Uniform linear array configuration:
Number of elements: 16
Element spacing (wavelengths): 0.5
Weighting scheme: hann
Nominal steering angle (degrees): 60
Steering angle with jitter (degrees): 58.425
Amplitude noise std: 0.05
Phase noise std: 0.05

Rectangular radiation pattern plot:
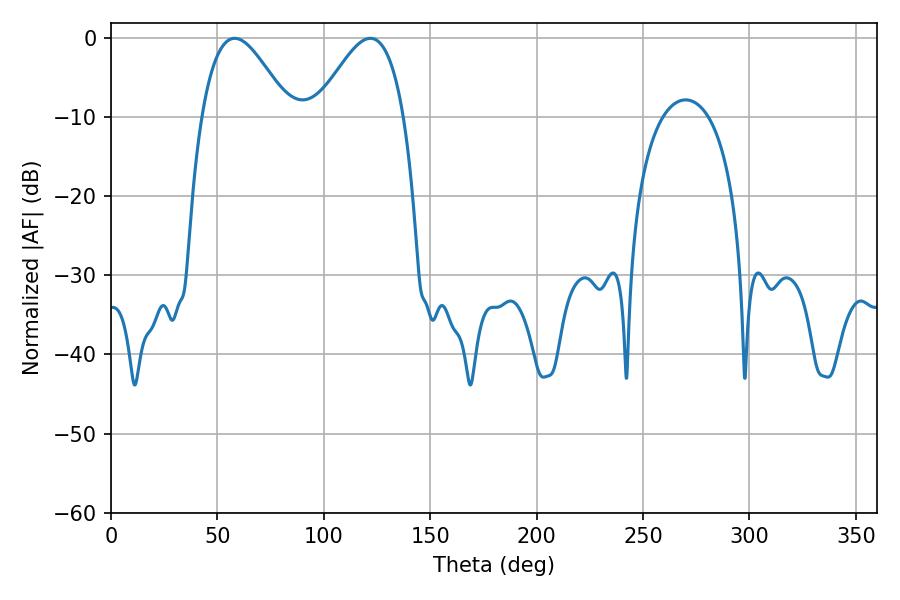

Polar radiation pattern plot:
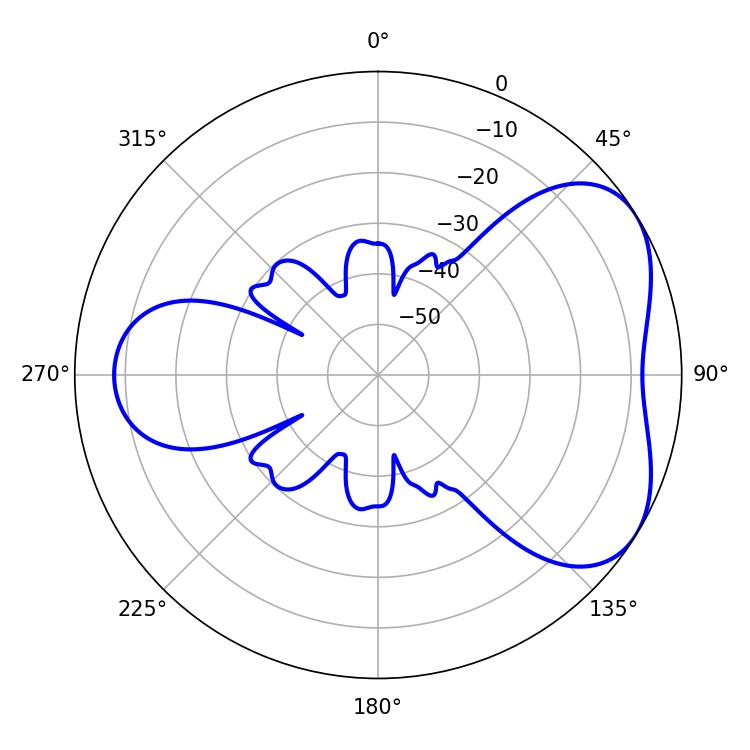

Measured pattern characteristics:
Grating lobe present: FALSE
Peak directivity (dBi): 4.662
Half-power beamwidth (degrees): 22.14
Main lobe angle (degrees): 58.14